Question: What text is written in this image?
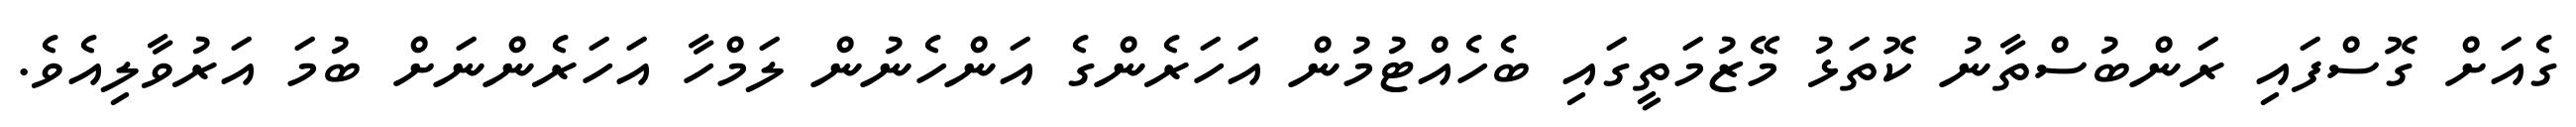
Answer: ގެއަށް ގޮސްފައި ރަންބުސްތާނު ކޮތަޅު މޭޒުމަތީގައި ބެހެއްޓުމުން އަހަރެންގެ އަންހެނުން ލަމްހާ އަހަރެންނަށް ބުމަ އަރުވާލިއެވެ.